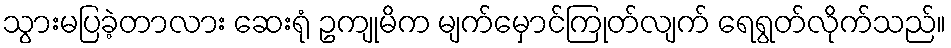
သွားမပြခဲ့တာလား ဆေးရုံ ဥကျုမိက မျက်မှောင်ကြုတ်လျက် ရေရွတ်လိုက်သည်။